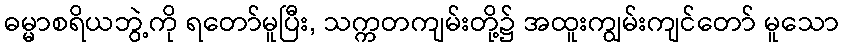
ဓမ္မာစရိယဘွဲ့ကို ရတော်မူပြီး, သက္ကတကျမ်းတို့၌ အထူးကျွမ်းကျင်တော် မူသော